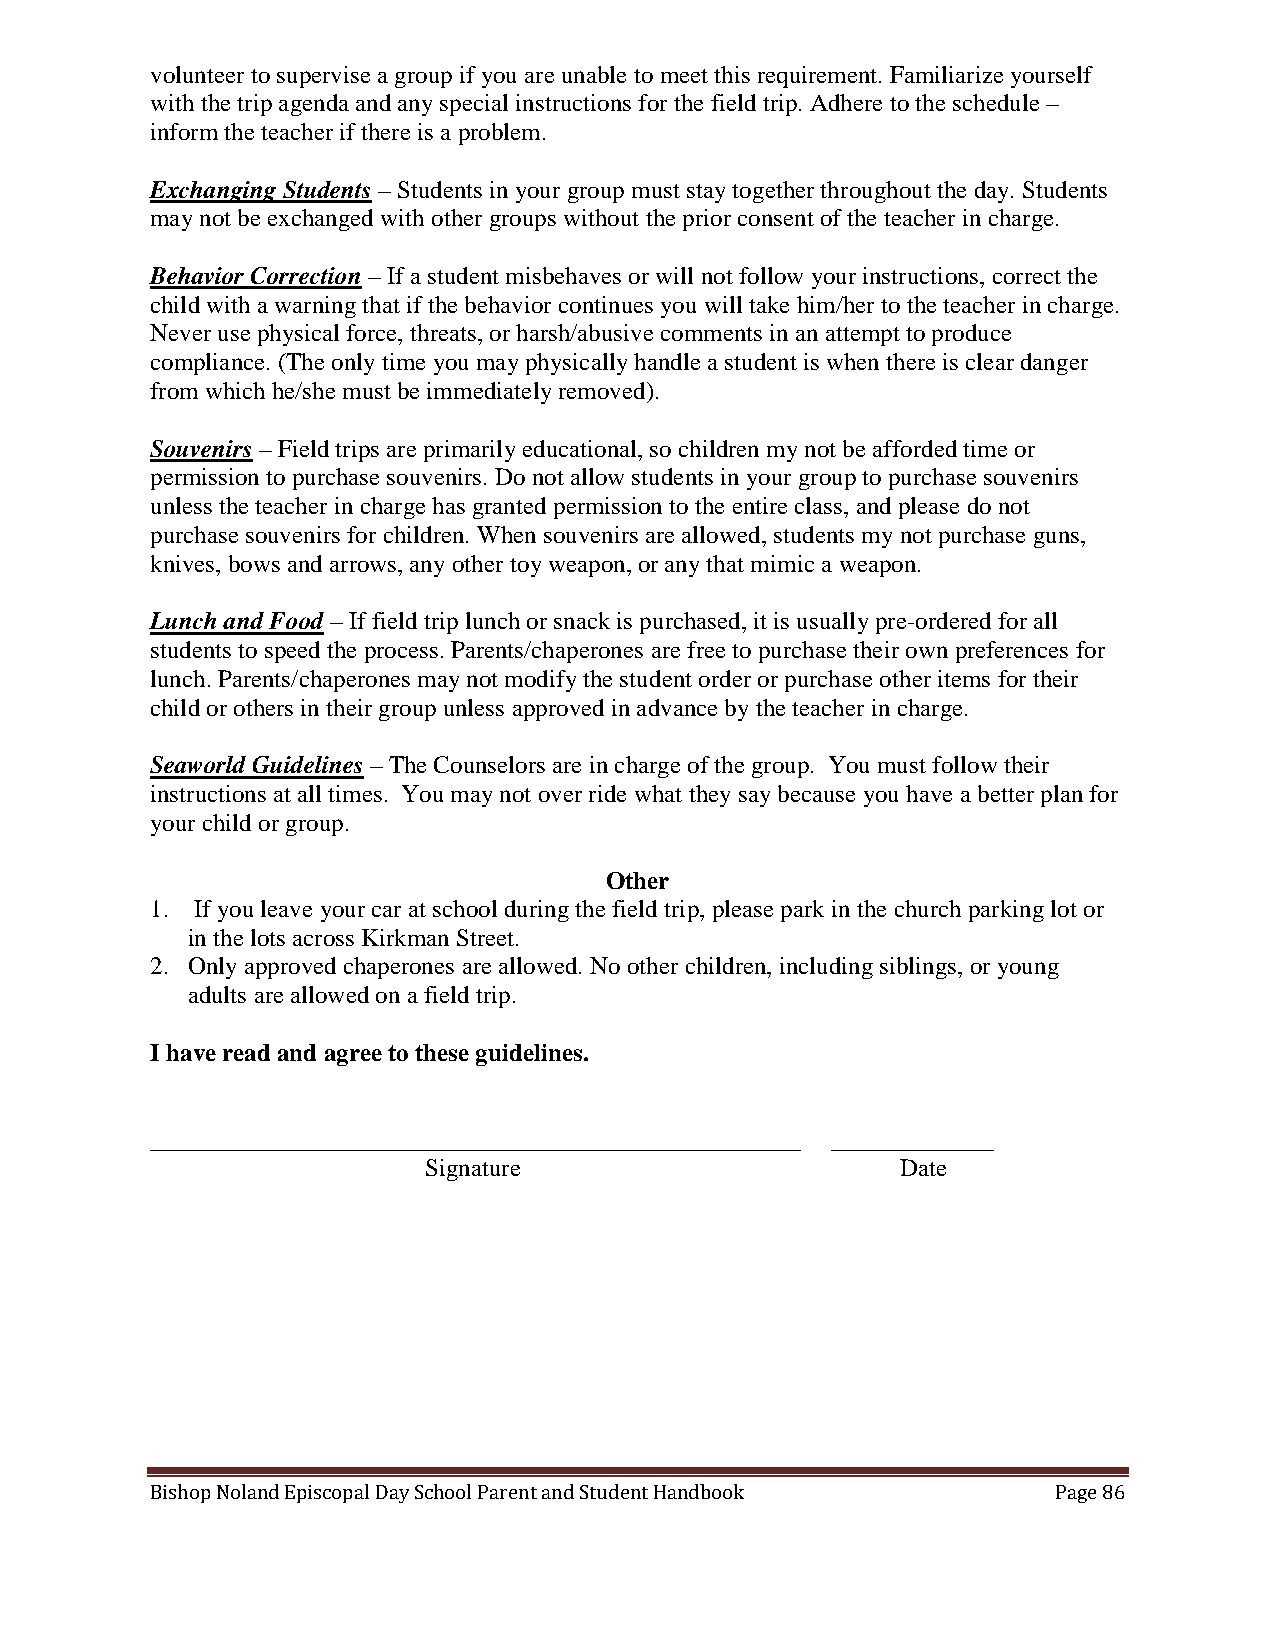
volunteer to supervise a group if you are unable to meet this requirement. Familiarize yourself
 with the trip agenda and any special instructions for the field trip. Adhere to the schedule –
 inform the teacher if there is a problem.
 Exchanging Students – Students in your group must stay together throughout the day. Students
 may not be exchanged with other groups without the prior consent of the teacher in charge.
 Behavior Correction – If a student misbehaves or will not follow your instructions, correct the
 child with a warning that if the behavior continues you will take him/her to the teacher in charge.
 Never use physical force, threats, or harsh/abusive comments in an attempt to produce
 compliance. (The only time you may physically handle a student is when there is clear danger
 from which he/she must be immediately removed).
 Souvenirs – Field trips are primarily educational, so children my not be afforded time or
 permission to purchase souvenirs. Do not allow students in your group to purchase souvenirs
 unless the teacher in charge has granted permission to the entire class, and please do not
 purchase souvenirs for children. When souvenirs are allowed, students my not purchase guns,
 knives, bows and arrows, any other toy weapon, or any that mimic a weapon.
 Lunch and Food – If field trip lunch or snack is purchased, it is usually pre-ordered for all
 students to speed the process. Parents/chaperones are free to purchase their own preferences for
 lunch. Parents/chaperones may not modify the student order or purchase other items for their
 child or others in their group unless approved in advance by the teacher in charge.
 Seaworld Guidelines – The Counselors are in charge of the group. You must follow their
 instructions at all times. You may not over ride what they say because you have a better plan for
 your child or group.
 Other
 1. If you leave your car at school during the field trip, please park in the church parking lot or
 in the lots across Kirkman Street.
 2. Only approved chaperones are allowed. No other children, including siblings, or young
 adults are allowed on a field trip.
 I have read and agree to these guidelines.
 ____________________________________________________ _____________
 Signature                       Date
 Bishop Noland Episcopal Day School Parent and Student Handbook Page 86